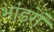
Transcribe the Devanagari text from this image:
भांडरों